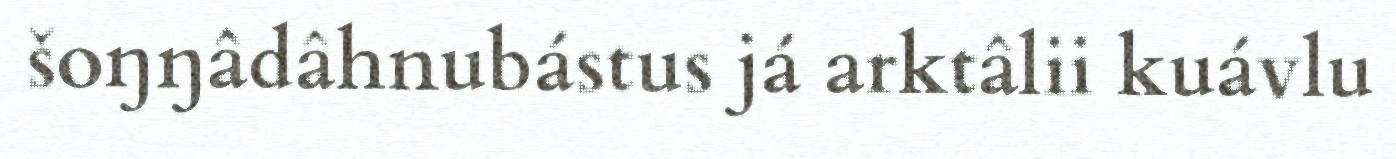
šoŋŋâdâhnubástus já arktâlii kuávlu